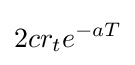
2cr_{t}e^{-aT}